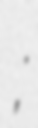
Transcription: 李天;